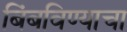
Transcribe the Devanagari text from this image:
बिंबविण्याचा